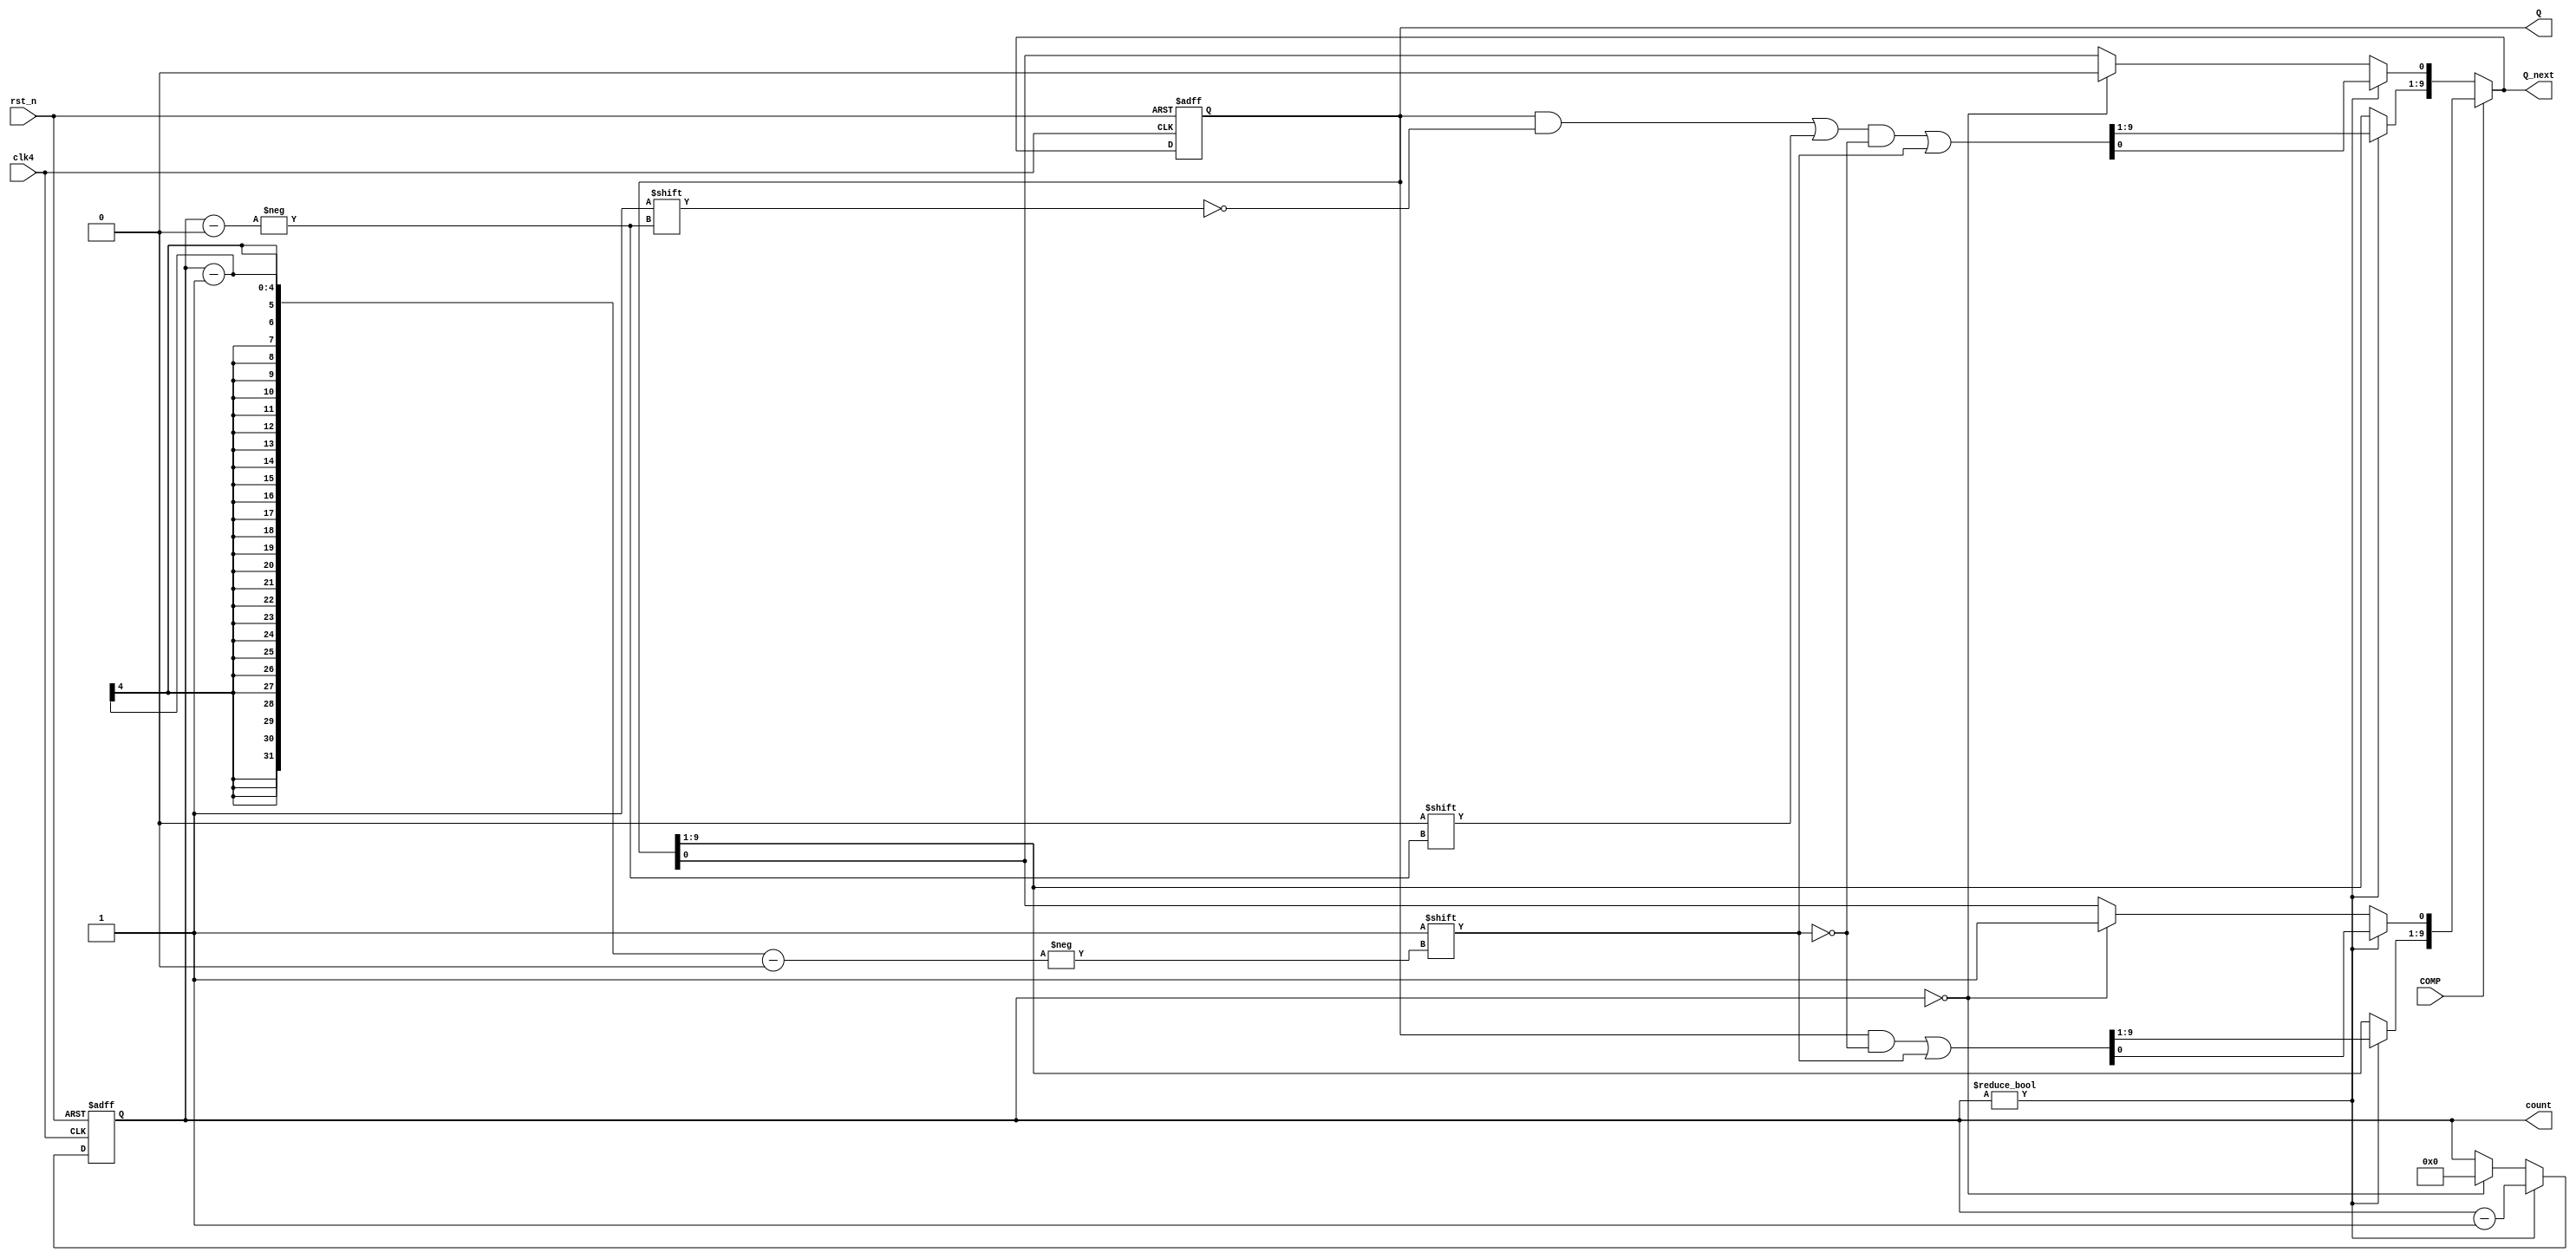
module SAR (
    input COMP,
    input clk4,
    input rst_n,
    output reg [9:0] Q,
    output reg [9:0] Q_next,
    output reg [3:0] count
);
    reg [3:0] count_next;

    always @(*) begin
		Q_next = Q;
        count_next = count;
        if (COMP == 1'b0) begin    //lag
            if (count != 0) begin
                Q_next[count] = 0;
                Q_next[count-1] = 1;
                count_next = count - 4'd1;
            end else if (count == 0) begin
                Q_next[0] = 0;
				count_next = 0;
            end    
        end else if (COMP == 1'b1) begin    //lead
            if (count != 0) begin
                Q_next[count-1] = 1;
                count_next = count - 4'd1;
            end else if (count == 0)begin
                Q_next[0] = 1;
				count_next = 0;
            end
        end 
    end
    
    always@(negedge clk4 or negedge rst_n) begin
        if(~rst_n) begin
			count <= 4'd9;
			Q <= 10'b1000000000;
        end else begin
			Q <= Q_next;
			count <= count_next;
		end  
    end
    
endmodule